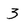
Character: 3